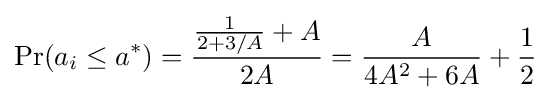
\Pr(a_{i}\leq a^{*})={\frac {{\frac {1}{2+3/A}}+A}{2A}}={\frac {A}{4A^{2}+6A}}+{\frac {1}{2}}